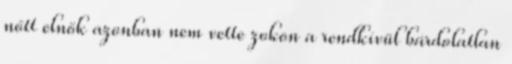
nőtt elnök azonban nem vette zokon a rendkívül bárdolatlan